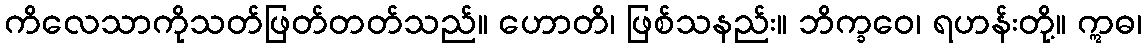
ကိလေသာကိုသတ်ဖြတ်တတ်သည်။ ဟောတိ၊ ဖြစ်သနည်း။ ဘိက္ခဝေ၊ ရဟန်းတို့။ ဣဓ၊